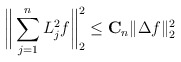
\begin{align*} \bigg\| \sum_{j=1}^n L_j^2f \bigg\|_{2}^2 \leq \mathbf{C}_n \|\Delta f\|_{2}^2\end{align*}